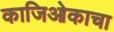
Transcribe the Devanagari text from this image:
काजिओकाचा